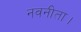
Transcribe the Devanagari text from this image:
नवनीता।